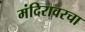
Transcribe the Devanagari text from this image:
मंदिरावरचा